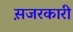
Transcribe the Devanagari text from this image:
स़जरकारी